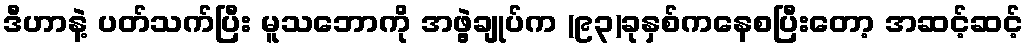
ဒီဟာနဲ့ ပတ်သက်ပြီး မူသဘောကို အဖွဲ့ချုပ်က (၉၃)ခုနှစ်ကနေစပြီးတော့ အဆင့်ဆင့်